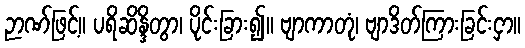
ဉာဏ်ဖြင့်။ ပရိဆိန္ဒိတွာ၊ ပိုင်းခြား၍။ ဗျာကာတုံ၊ ဗျာဒိတ်ကြားခြင်းငှာ။